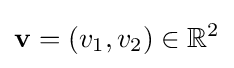
\mathbf {v} =(v_{1},v_{2})\in \mathbb {R} ^{2}